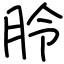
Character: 朎